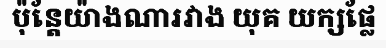
ប៉ុន្តែយ៉ាងណារវាង យុគ យក្សផ្លែ